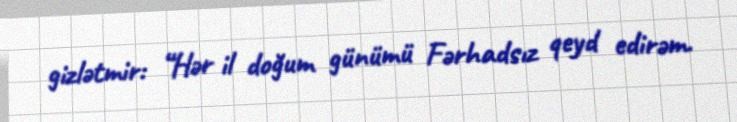
gizlətmir: “Hər il doğum günümü Fərhadsız qeyd edirəm.